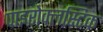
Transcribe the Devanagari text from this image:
पाइरोक्लस्टिक